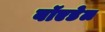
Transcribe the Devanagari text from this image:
बॉएडेल